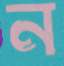
ন